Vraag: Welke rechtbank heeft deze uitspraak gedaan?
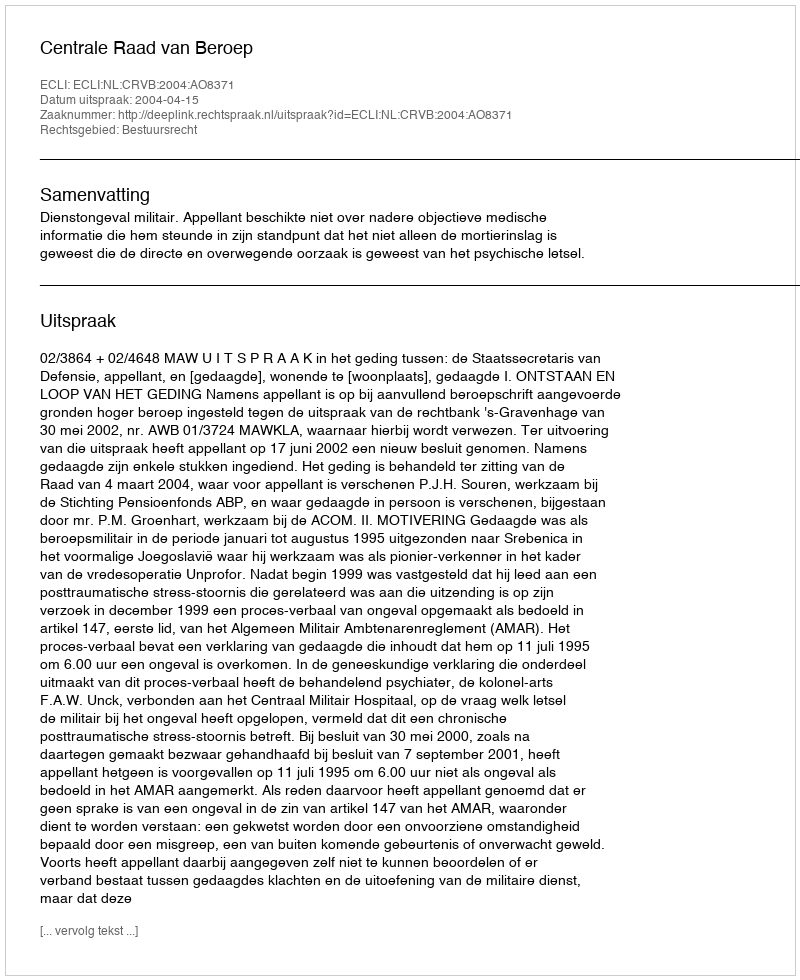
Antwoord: Centrale Raad van Beroep